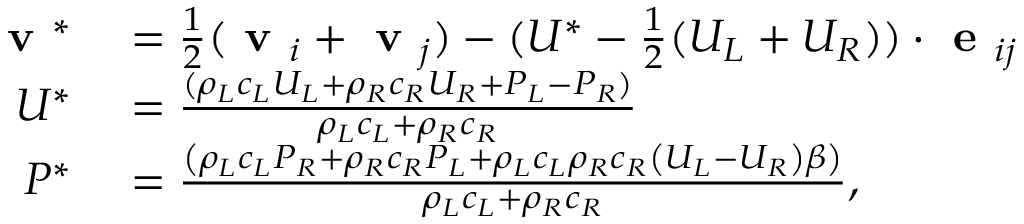
\begin{array} { r l } { \textbf { v } ^ { * } } & { { } = \frac { 1 } { 2 } ( \textbf { v } _ { i } + \textbf { v } _ { j } ) - ( U ^ { * } - \frac { 1 } { 2 } ( U _ { L } + U _ { R } ) ) \cdot \textbf { e } _ { i j } } \\ { U ^ { * } } & { { } = \frac { ( \rho _ { L } c _ { L } U _ { L } + \rho _ { R } c _ { R } U _ { R } + P _ { L } - P _ { R } ) } { \rho _ { L } c _ { L } + \rho _ { R } c _ { R } } } \\ { P ^ { * } } & { { } = \frac { \left( \rho _ { L } c _ { L } P _ { R } + \rho _ { R } c _ { R } P _ { L } + \rho _ { L } c _ { L } \rho _ { R } c _ { R } \left( U _ { L } - U _ { R } \right) \beta \right) } { \rho _ { L } c _ { L } + \rho _ { R } c _ { R } } , } \end{array}